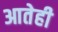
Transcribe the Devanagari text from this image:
आतेही